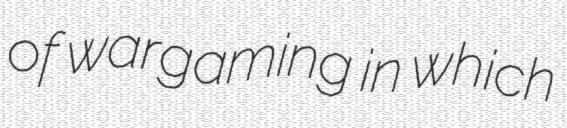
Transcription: of wargaming in which